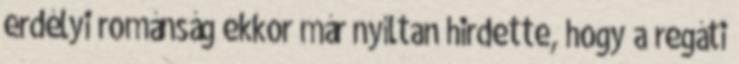
erdélyi románság ekkor már nyíltan hirdette, hogy a regáti